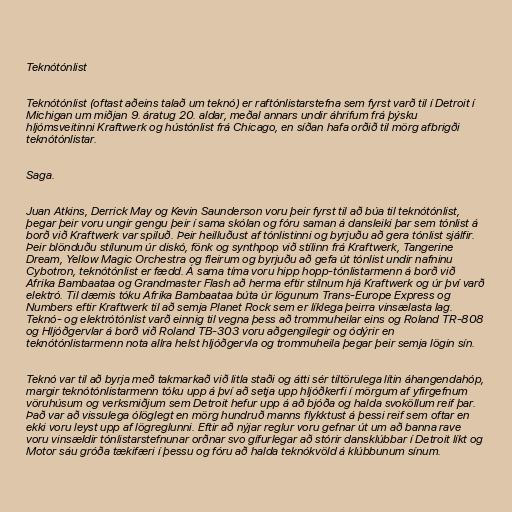
Teknótónlist

Teknótónlist (oftast aðeins talað um teknó) er raftónlistarstefna sem fyrst varð til í Detroit í
Michigan um miðjan 9. áratug 20. aldar, meðal annars undir áhrifum frá þýsku
hljómsveitinni Kraftwerk og hústónlist frá Chicago, en síðan hafa orðið til mörg afbrigði
teknótónlistar.

Saga.

Juan Atkins, Derrick May og Kevin Saunderson voru þeir fyrst til að búa til teknótónlist,
þegar þeir voru ungir gengu þeir í sama skólan og fóru saman á dansleiki þar sem tónlist á
borð við Kraftwerk var spiluð. Þeir heilluðust af tónlistinni og byrjuðu að gera tónlist sjálfir.
Þeir blönduðu stílunum úr diskó, fönk og synthpop við stílinn frá Kraftwerk, Tangerine
Dream, Yellow Magic Orchestra og fleirum og byrjuðu að gefa út tónlist undir nafninu
Cybotron, teknótónlist er fædd. Á sama tíma voru hipp hopp-tónlistarmenn á borð við
Afrika Bambaataa og Grandmaster Flash að herma eftir stílnum hjá Kraftwerk og úr því varð
elektró. Til dæmis tóku Afrika Bambaataa búta úr lögunum Trans-Europe Express og
Numbers eftir Kraftwerk til að semja Planet Rock sem er líklega þeirra vinsælasta lag.
Teknó- og elektrótónlist varð einnig til vegna þess að trommuheilar eins og Roland TR-808
og Hljóðgervlar á borð við Roland TB-303 voru aðgengilegir og ódýrir en
teknótónlistarmenn nota allra helst hljóðgervla og trommuheila þegar þeir semja lögin sín.

Teknó var til að byrja með takmarkað við litla staði og átti sér tiltörulega lítin áhangendahóp,
margir teknótónlistarmenn tóku upp á því að setja upp hljóðkerfi í mörgum af yfirgefnum
vöruhúsum og verksmiðjum sem Detroit hefur upp á að bjóða og halda svoköllum reif þar.
Það var að vissulega ólöglegt en mörg hundruð manns flykktust á þessi reif sem oftar en
ekki voru leyst upp af lögreglunni. Eftir að nýjar reglur voru gefnar út um að banna rave
voru vinsældir tónlistarstefnunar orðnar svo gífurlegar að stórir dansklúbbar í Detroit líkt og
Motor sáu gróða tækifæri í þessu og fóru að halda teknókvöld á klúbbunum sínum.